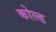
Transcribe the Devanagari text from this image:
कोल्‍ड